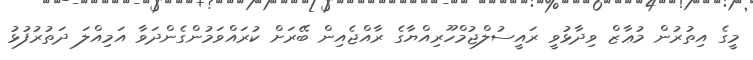
މީގެ އިތުރުން މުޢާޒް ވިދާޅުވީ ރައީސުލްޖުމްހޫރިއްޔާގެ ރާއްޖެއިން ބޭރަށް ކުރައްވަމުންގެންދަވާ އަމިއްލަ ދަތުރުފުޅު